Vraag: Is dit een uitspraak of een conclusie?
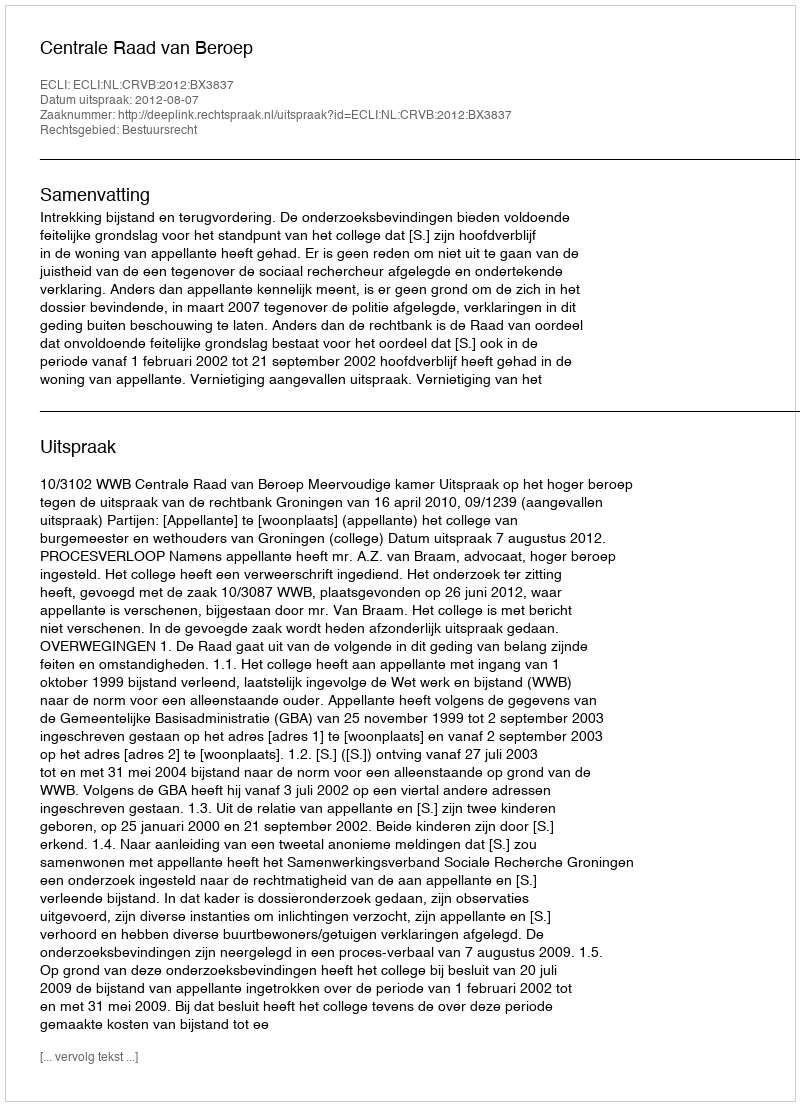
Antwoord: Uitspraak